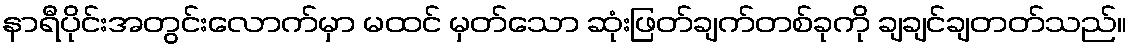
နာရီပိုင်းအတွင်းလောက်မှာ မထင် မှတ်သော ဆုံးဖြတ်ချက်တစ်ခုကို ချချင်ချတတ်သည်။